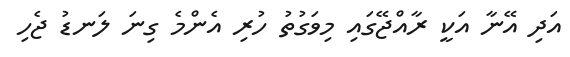
އަދި އޭނާ އަކީ ރާއްޖޭގައި މިވަގުތު ހުރި އެންމެ ގިނަ ލަނޑު ޖެހި